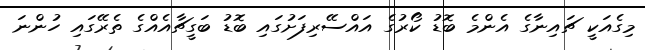
މިގެއަކީ ޗައިނާގެ އެންމެ ބޮޑު ކޯރުގެ އައްސޭރިފަށުގައި ބޮޑު ބަގީޗާއެއްގެ ތެރޭގައި ހުންނަ